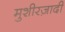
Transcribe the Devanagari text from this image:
मुशीरज़ादी